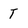
Character: T